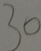
3 0